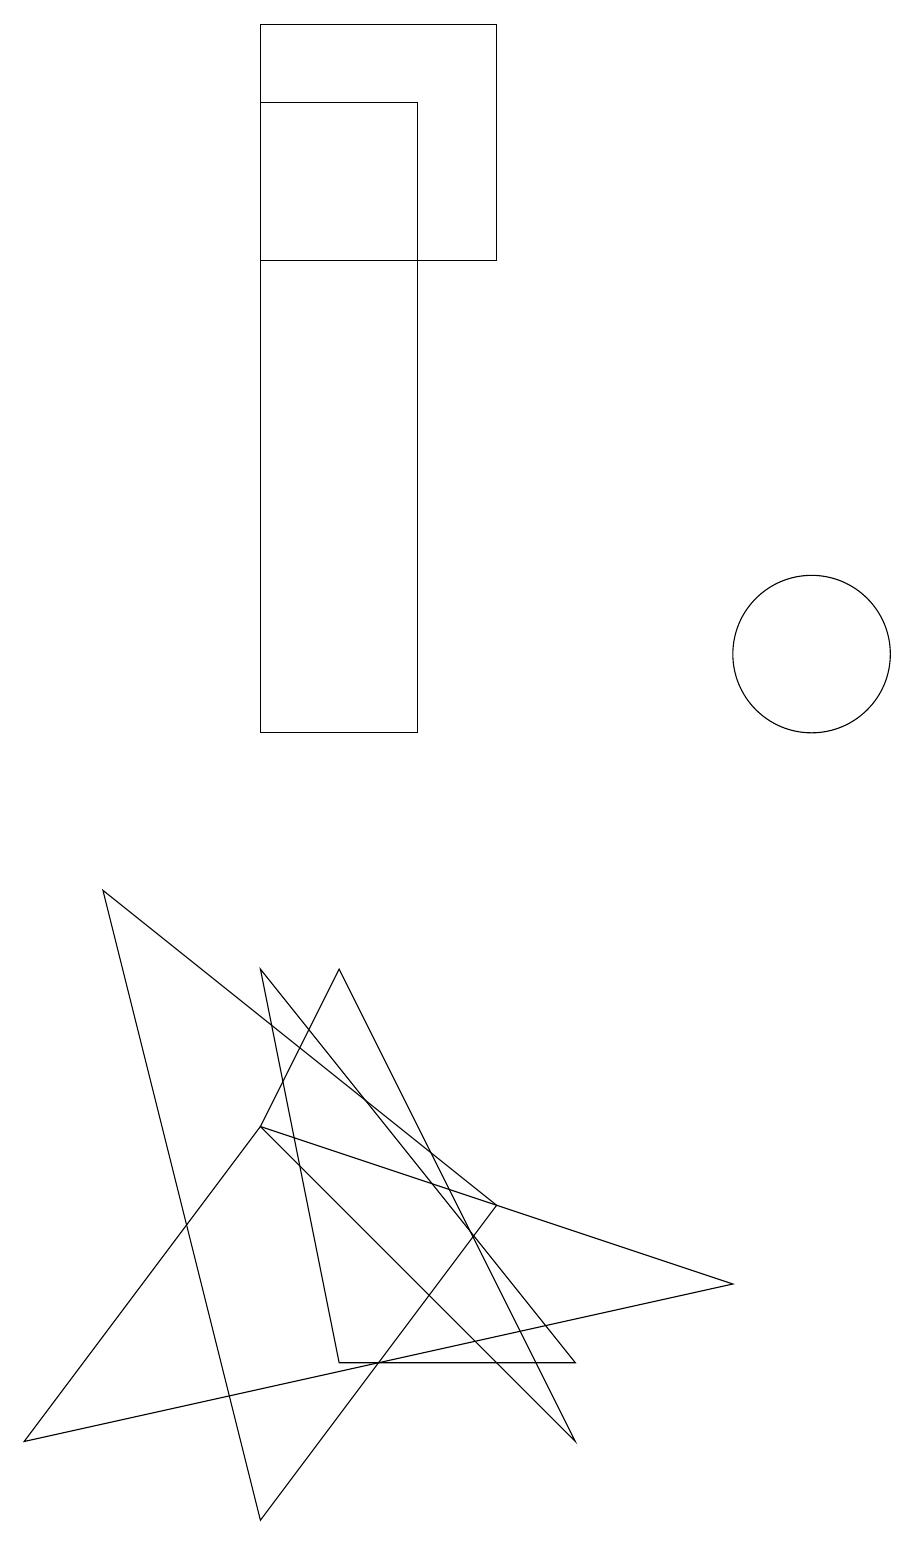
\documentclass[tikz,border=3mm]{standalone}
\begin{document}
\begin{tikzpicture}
\draw (3,5) -- (4,7) -- (7,1) -- cycle;
\draw (5,18) rectangle (3,10);
\draw (10,11) circle (1);
\draw (6,16) rectangle (3,19);
\draw (1,8) -- (6,4) -- (3,0) -- cycle;
\draw (4,2) -- (7,2) -- (3,7) -- cycle;
\draw (3,5) -- (0,1) -- (9,3) -- cycle;
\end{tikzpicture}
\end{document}